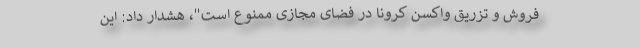
فروش و تزریق واکسن کرونا در فضای مجازی ممنوع است"، هشدار داد: این